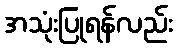
အသုံးပြုရန်လည်း